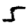
Digit: 5